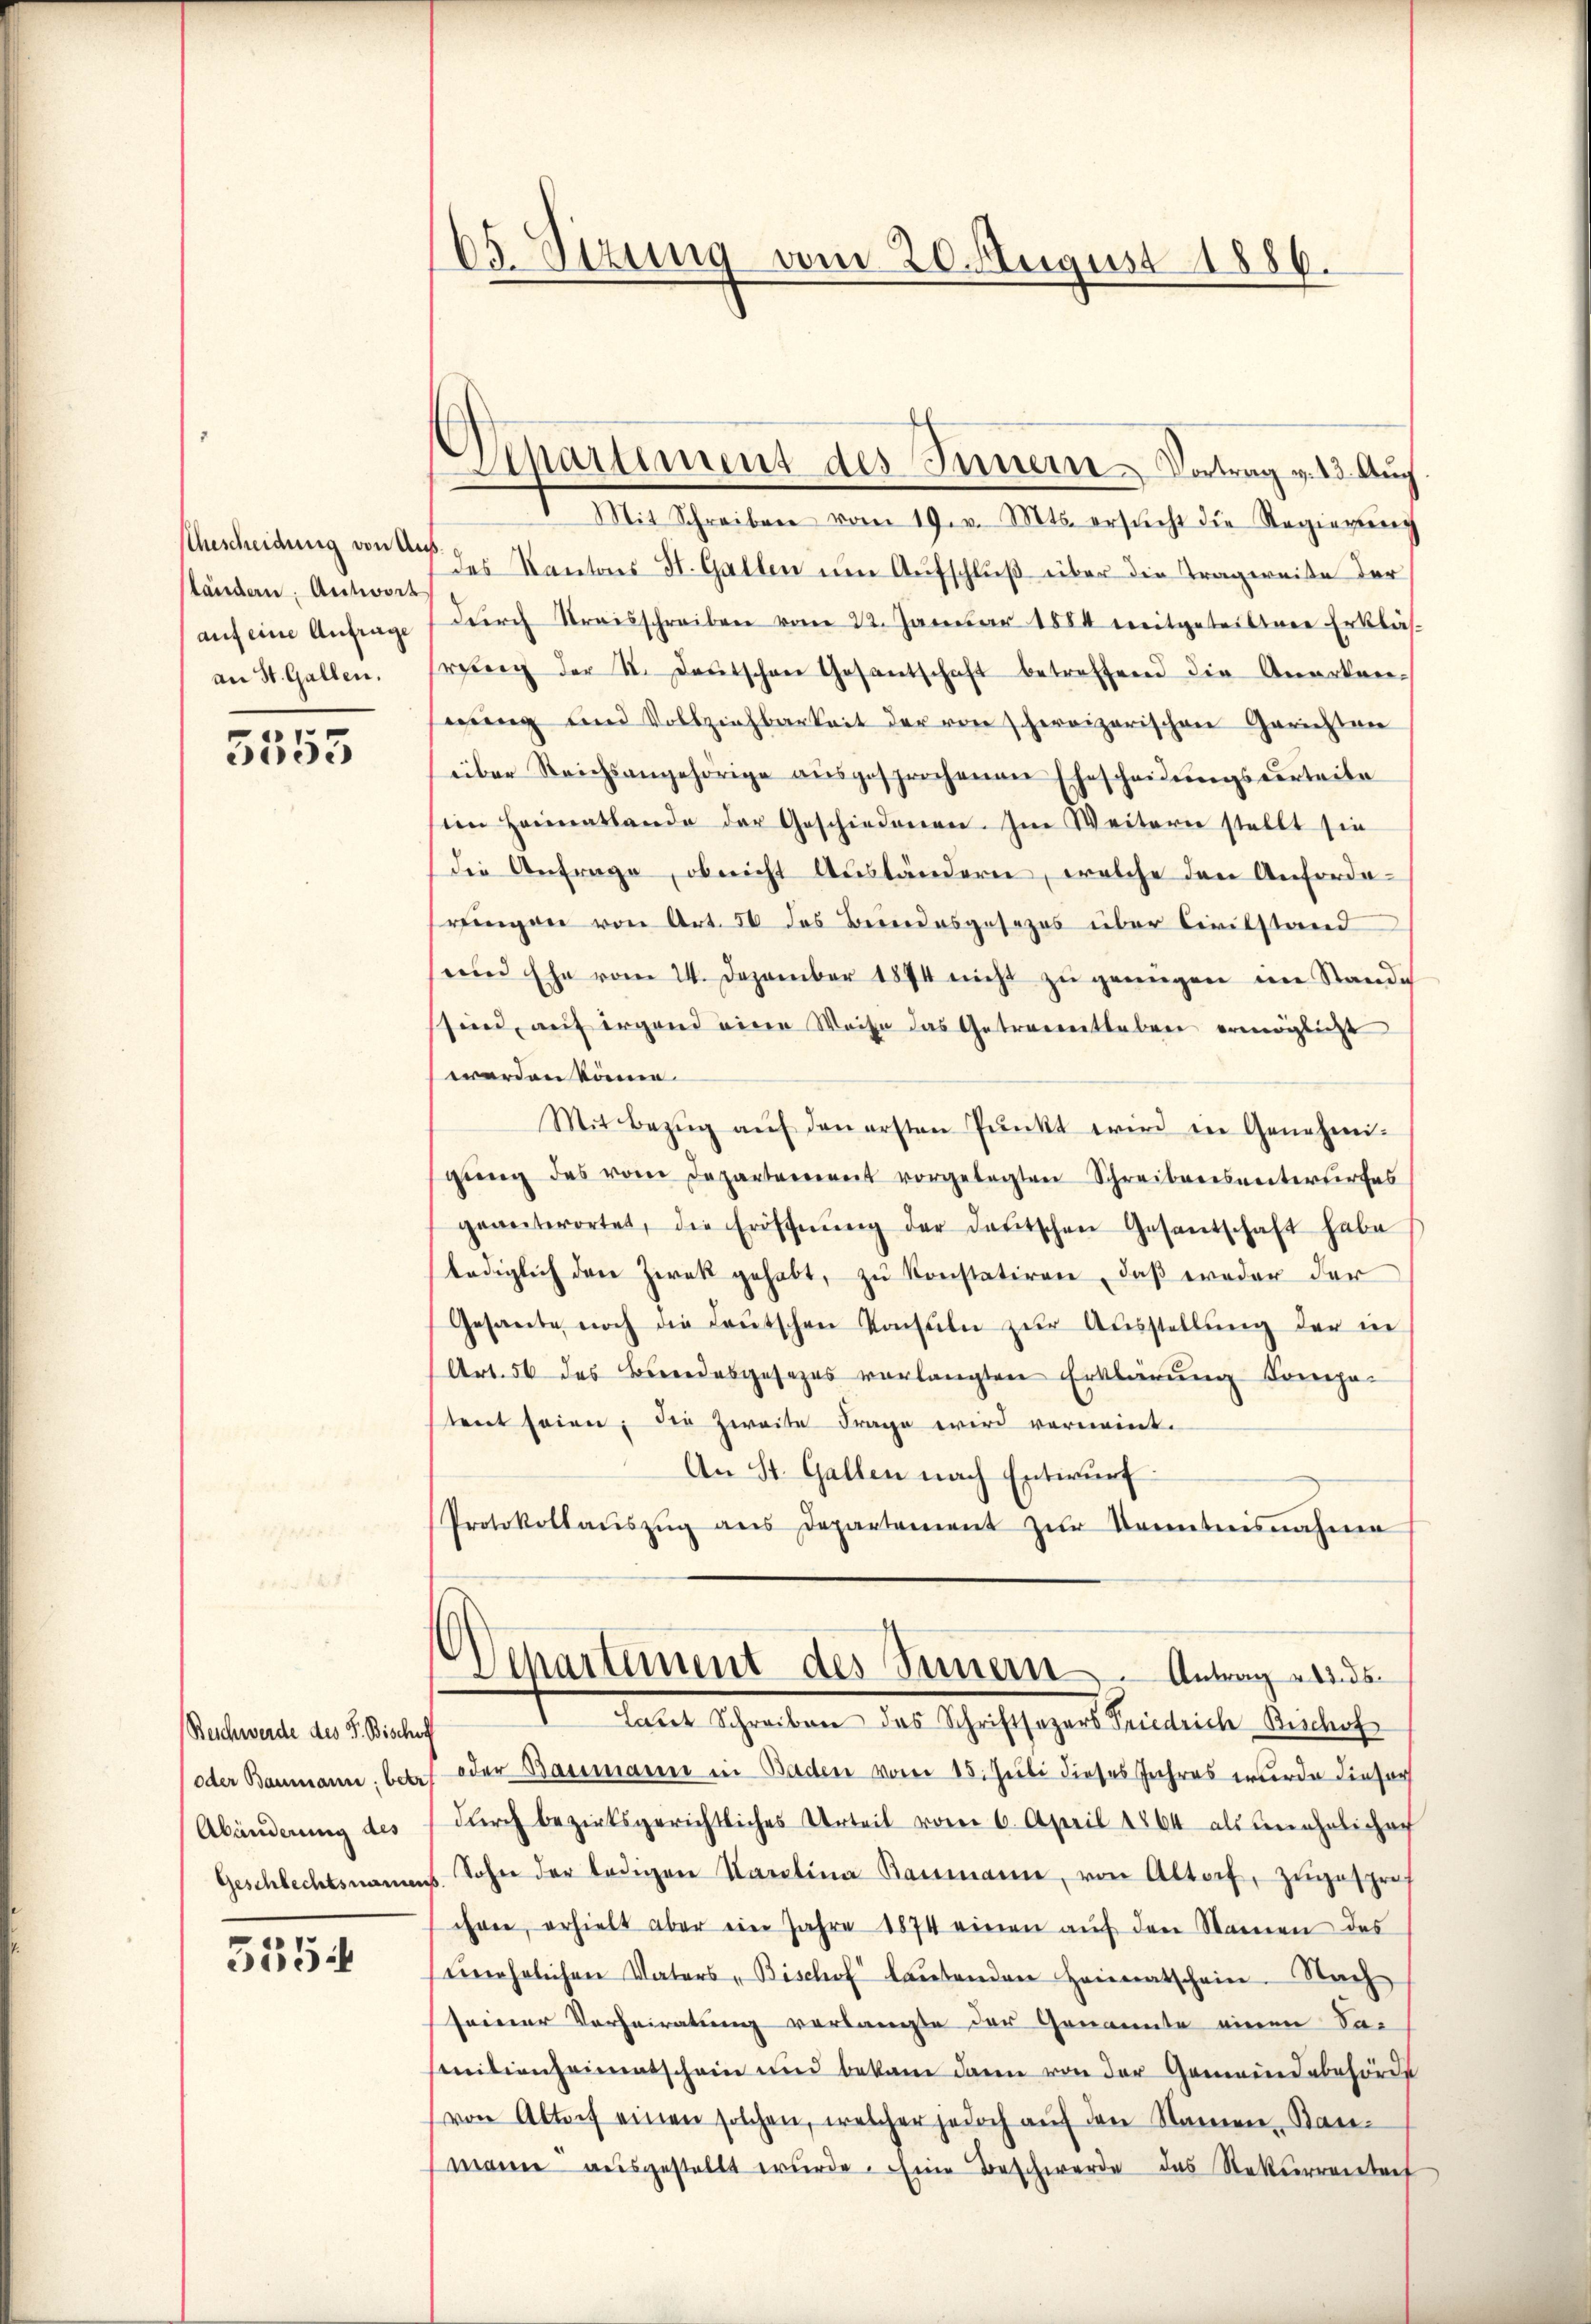
Ehescheidung von Anständern: Antwort
auf eine Anfrage
an St. Gallen.

e
3550

Beschwerde des F. Bischoff
oder Baumann: betr
Abänderung des

5554

65 Sizung vom 20. August 1886.

Separtement des Innern Vortrag v. 13. Auc

1 Mit Schreiben vom 19. v. Mts. ersucht die Regierŭng
7 des Kantons St. Gallen um Aufschluß über die Tragweise der
dŭrch Streisschreiben vom 22. Januar 1884 mitgeteiltene Erklär-
rung der II. Deutschen Gesantschaft betreffend die Anorten-
wung und Vollziehbarkeit der von hervizerischen Gerichten
über Steichsangehörige aŭsgesprochenen Ehescheidŭngsverteile
im Heimatlande der Geschiedenen. Im Weitern stellt sie
(die Antrage, ob nicht Aŭsländern, welche den Anforde-
ringen von Art. 56 des Beindesgesezes über Civilstand
und Ehe vom 24. Dezember 1874 nicht zu genügen im Ständi
sind, auf irgend eine Weise das Getreuentheben ermöglicht
werden könne.
Mit Bezŭg aŭf den ersten Pŭnkt wird in Genehmi-
gŭng des vom Departement vorgelegten Schreibensunterirtes
geantwortet, die Eröffnŭng der deutschen Gesandschaft habe
lediglich den Zwek gehabt, zu konstatiren, daß weder der
Gesante noch die Leŭtschen Konsuln zŭr Aŭsstellŭng der in
Art. 56 des Beredesgesezes verlangten Erklärung Compo-
tent seien; die Zweite Frage wird verneint.
An St. Gallen nach Entwurf
Protokollaŭszŭg ans Departement zŭr Kenntnisnahme
Departement des Seinern Antrag werde
Later Schreiben das Schriftsagers Friedrich Bischof
oder Baumanne in Baden vom 15. Juli dieses Jahres wurde dieser
durch bezirksgerichtliches Urteil vom 6. April 1864 als unehelichach
Geschlechtsnames. Sohn der ledigen Karolina Baumann, von Altorf, zugesproch
chen, erhielt aber ein Jahre 1874 einen aŭf den Namen des
ehrlichen Vaters Bischof laŭtenden Heimatschein. Nach
seiner Vorheiratung verlangte der Genannte einen Sa-
mitienheimatschein und bekam dann von der Gemeindebehörde
von Altorf einen solchen, welcher jedoch auf den Namen Bau-
manne ausgestellt wurde. Eine Beschwerde das Rekurrentref